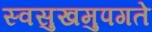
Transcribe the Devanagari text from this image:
स्वसुखमुपगते